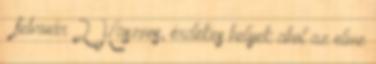
▼ február 2 Hasznos, érdekes helyek ahol az elme